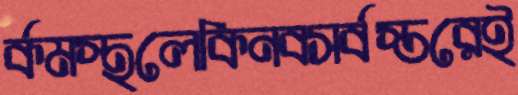
র্কমস্থলেকিনবসর্বস্তরেই